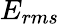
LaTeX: E_{rms}